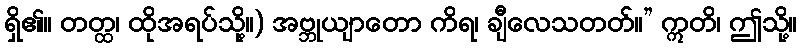
ရှိ၏။ တတ္ထ၊ ထိုအရပ်သို့။) အဗ္ဘုယျာတော ကိရ၊ ချီလေသတတ်။” ဣတိ၊ ဤသို့။